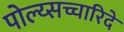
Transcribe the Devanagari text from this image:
पोल्य्सच्चारिदे